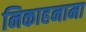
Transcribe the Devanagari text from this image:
निकाहनामा